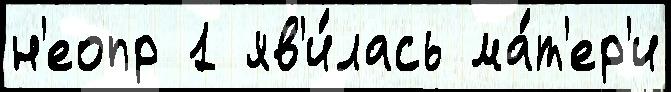
н'еопр 1 яв'и́лась ма́т'ер'и